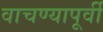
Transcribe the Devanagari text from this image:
वाचण्यापूर्वी